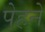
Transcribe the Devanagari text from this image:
पेहने